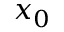
\boldsymbol { x } _ { 0 }